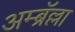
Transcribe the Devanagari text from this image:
अम्ब्रॅल्ला